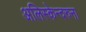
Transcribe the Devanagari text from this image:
अलिस्केन्दरुना